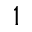
1